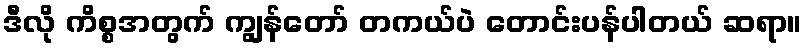
ဒီလို ကိစ္စအတွက် ကျွန်တော် တကယ်ပဲ တောင်းပန်ပါတယ် ဆရာ။